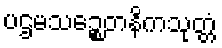
ပဌမသဉ္စေတနိကသုတ္တံ